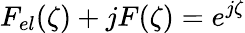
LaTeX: F_{el}(\zeta)+jF(\zeta)=e^{j\zeta}